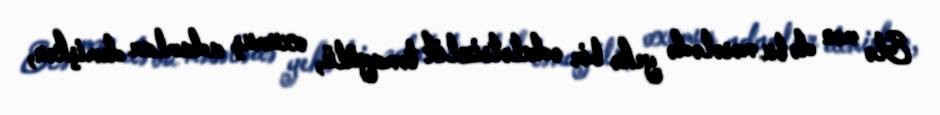
Elə mən də bu məsələdə yekə bir ədalətsizlik təmayülü, oxumuş adamlar demişkən,